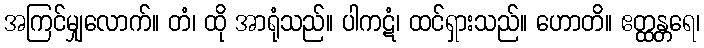
အကြင်မျှလောက်။ တံ၊ ထို အာရုံသည်။ ပါကဋံ၊ ထင်ရှားသည်။ ဟောတိ။ ဧတ္ထန္တရေ၊